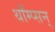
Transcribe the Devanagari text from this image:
थाँम्प्सन्